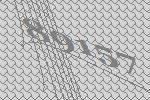
89157